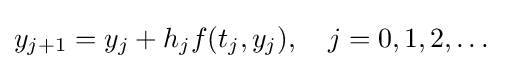
y_{j+1}=y_{j}+h_{j}f(t_{j},y_{j}),\quad j=0,1,2,\dotsc